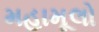
મહામૂલો